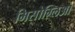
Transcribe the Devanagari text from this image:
मिसोग्लिआ